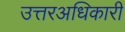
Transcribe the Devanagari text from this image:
उत्तरअधिकारी